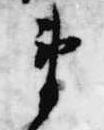
衛